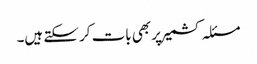
مسئلہ کشمیر پر بھی بات کر سکتے ہیں۔